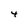
Character: 4